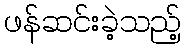
ဖန်ဆင်းခဲ့သည့်